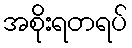
အစိုးရတရပ်